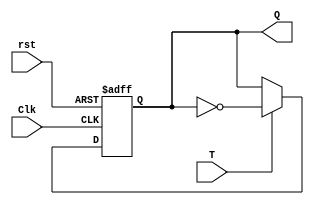
module Toggle_flip_flop (Q, T, Clk, rst);
    output 	Q;
    input	T, Clk, rst;
    reg 	Q;
  always @ (posedge Clk, negedge rst)	
    if (!rst) Q <= 1'b0;
    else if (T) Q <= !Q;	 
endmodule

module counter(
    input clock, reset,
    output [2:0] A
    );
    wire T_A1_in, T_A2_in;
    Toggle_flip_flop T_A0(A[0], 1'b1, clock, reset);
    Toggle_flip_flop T_A1(A[1], T_A1_in, clock, reset);
    Toggle_flip_flop T_A2(A[2], T_A2_in, clock, reset);
    assign T_A1_in = A[0];
    assign T_A2_in =  A[1] & A[0];
endmodule